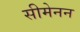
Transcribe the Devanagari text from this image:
सीमेनन